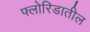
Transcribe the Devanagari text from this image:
फ्लोरिडातील